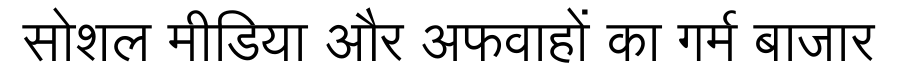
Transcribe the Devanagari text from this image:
सोशल मीडिया और अफवाहों का गर्म बाजार